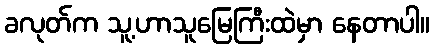
ခလုတ်က သူ့ဟာသူမြေကြီးထဲမှာ နေတာပါ။